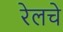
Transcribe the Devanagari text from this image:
रेलचे